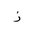
Letter: _zay